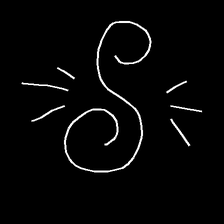
Glyph: wind-directs-air